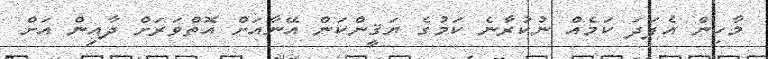
މާހިން އެފަދަ ކަމެއް ނުކުރާނެ ކަމުގެ ޔަޤީންކަން އޭނާއަށް އޮތްވަރަށް ދާއިން އަށް